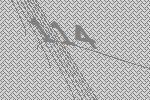
114